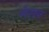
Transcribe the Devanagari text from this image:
मेरान